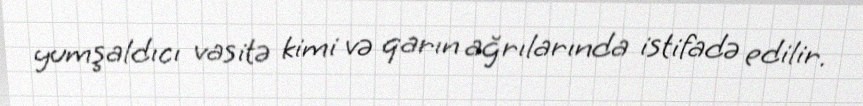
yumşaldıcı vasitə kimi və qarın ağrılarında istifadə edilir.